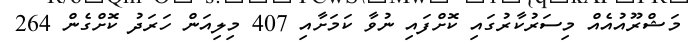
މަޝްރޫއުއެއް މިސަރުކާރުގައި ކޮށްފައި ނުވާ ކަމަށާއި 407 މިލިއަން ހަރަދު ކޮށްގެން 264